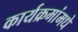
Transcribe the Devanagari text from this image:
कार्यक्रमांमधे